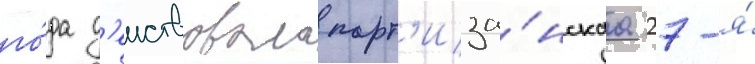
го́да д'еиствовала парт'иза́нскаа 27-я́